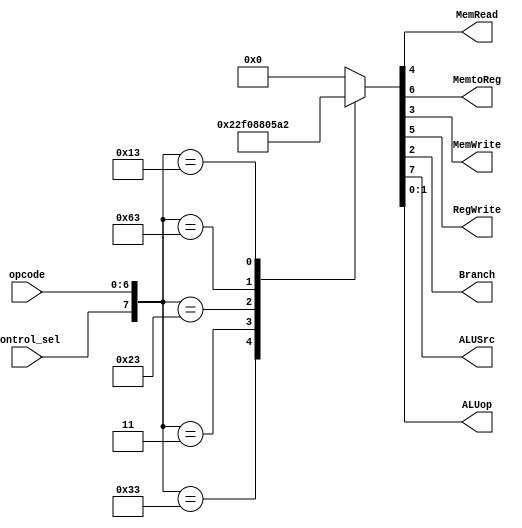
`timescale 1ns / 1ps

module control_path(opcode, control_sel, MemRead, MemtoReg, MemWrite, RegWrite, Branch, ALUSrc, ALUop);

    input [6:0] opcode;
    input control_sel;
    output reg MemRead, MemtoReg, MemWrite, RegWrite, Branch, ALUSrc;
    output reg[1:0] ALUop;
    //valori stanga tabel carte pag 104
    //valori dreapta fig 2 + R-imediat  alusrc 1
    always@(opcode, control_sel) begin
        casex({control_sel, opcode})
            8'b00110011: {ALUSrc, MemtoReg, RegWrite, MemRead, MemWrite, Branch, ALUop} <= 8'b00100010;
            //R-format (add, sub, sll, slt, sltu, xor, srl, sra, or, and)
            8'b00000011: {ALUSrc, MemtoReg, RegWrite, MemRead, MemWrite, Branch, ALUop} <= 8'b11110000;//ld, lw
            8'b00100011: {ALUSrc, MemtoReg, RegWrite, MemRead, MemWrite, Branch, ALUop} <= 8'b10001000;//sd, sw
            8'b01100011: {ALUSrc, MemtoReg, RegWrite, MemRead, MemWrite, Branch, ALUop} <= 8'b00000101;//beq
            8'b00010011: {ALUSrc, MemtoReg, RegWrite, MemRead, MemWrite, Branch, ALUop} <= 8'b10100010;//R-imediat
            default: {ALUSrc, MemtoReg, RegWrite, MemRead, MemWrite, Branch, ALUop} <= 8'b00000000;
        endcase
    end
    
endmodule